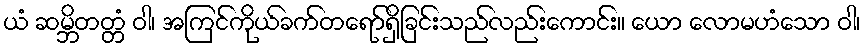
ယံ ဆမ္ဘိတတ္တံ ဝါ၊ အကြင်ကိုယ်ခက်တရော်ရှိခြင်းသည်လည်းကောင်း။ ယော လောမဟံသော ဝါ၊